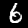
Digit: 6